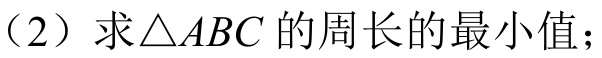
（2）求\(\triangle ABC\) 的周长的最小值；